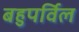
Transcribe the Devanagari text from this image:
बहुपर्विल